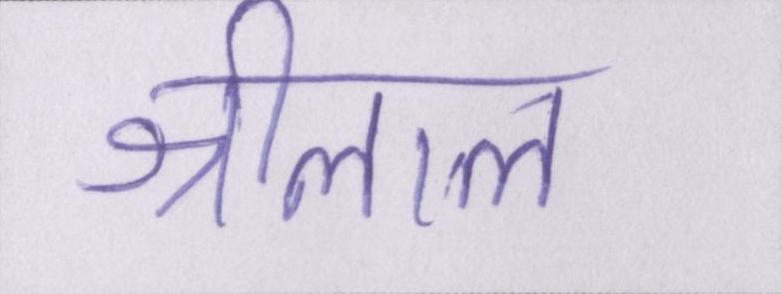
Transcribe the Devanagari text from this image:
श्रीलाल